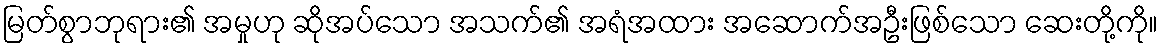
မြတ်စွာဘုရား၏ အမှုဟု ဆိုအပ်သော အသက်၏ အရံအထား အဆောက်အဦးဖြစ်သော ဆေးတို့ကို။